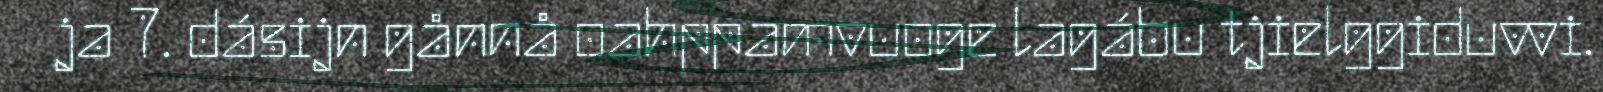
ja 7. dásijn gånnå oahppamvuoge lagábu tjielggiduvvi.